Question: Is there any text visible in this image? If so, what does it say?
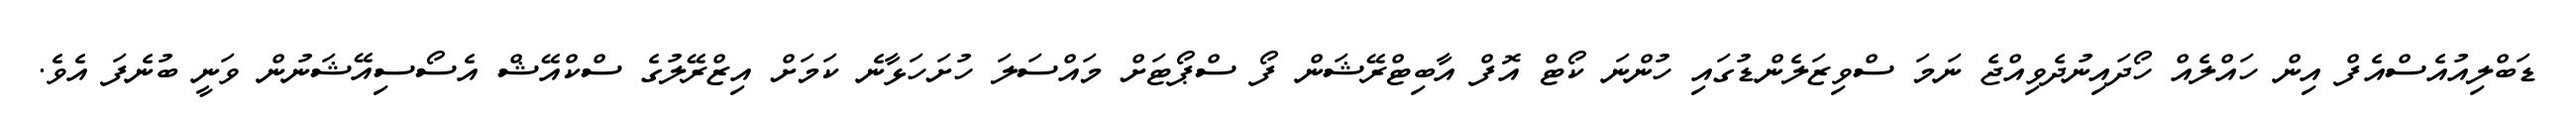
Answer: ޑަބްލިއުއެސްއެފް އިން ހައްލެއް ހޯދައިނުދެވިއްޖެ ނަމަ ސްވިޒަލެންޑުގައި ހުންނަ ކޯޓް އޮފް އާބިޓްރޭޝަން ފޯ ސްޕޯޓަށް މައްސަލަ ހުށަހަޅާނެ ކަމަށް އިޒްރޭލުގެ ސްކްއޭޝް އެސޯސިއޭޝަނުން ވަނީ ބުނެފަ އެވެ.